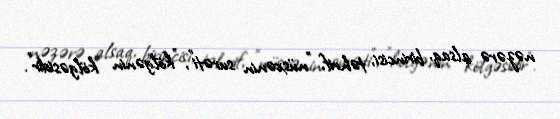
nəzərə alsaq, birincisi, təhrif, "nüsxənin surəti", "kölgənin kölgəsidir".